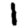
Digit: 1